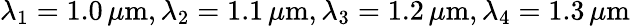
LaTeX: \lambda_{1}=1.0\, \mu\mathrm{m},\lambda_{2}=1.1\, \mu\mathrm{m},\lambda_{3}=1.2\, \mu\mathrm{m},\lambda_{4}=1.3\, \mu\mathrm{m}